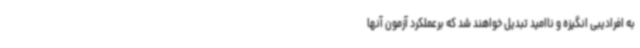
به افرادیبی انگیزه و ناامید تبدیل خواهند شد که برعملکرد آزمون آنها